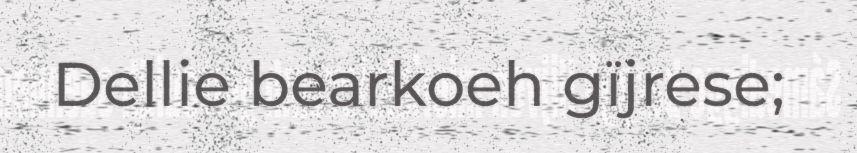
Dellie bearkoeh gïjrese;